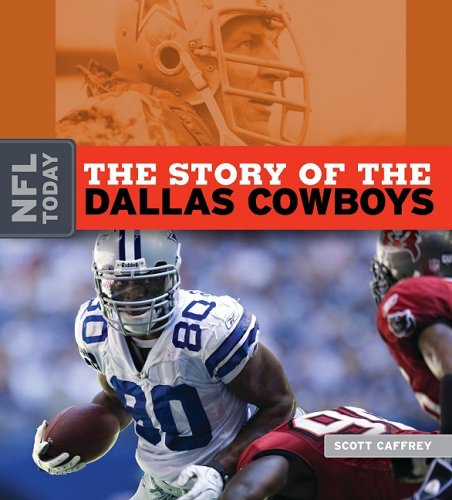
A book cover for The Story of the Dallas Cowboys (NFL Today); Scott Caffrey; Teen & Young Adult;